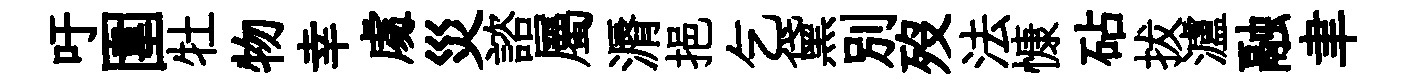
吁圍牡物幸䖏災諮屬漘挹乞黛别歿法慷砧拔瀘融聿